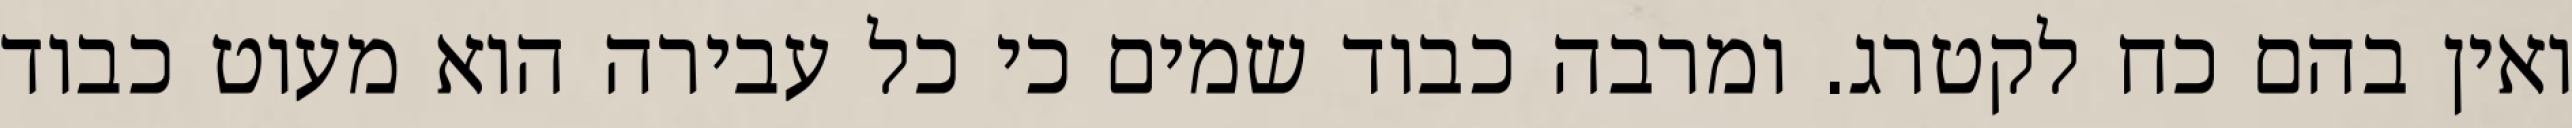
ואין בהם כח לקטרג. ומרבה כבוד שמים כי כל עבירה הוא מעוט כבוד